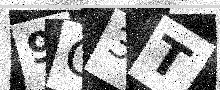
Text: 9O3T